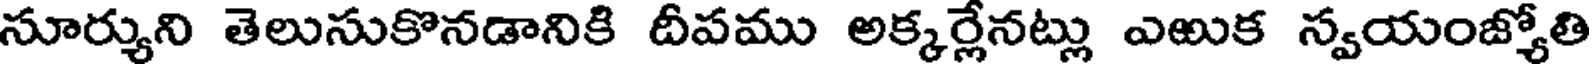
సూర్యుని తెలుసుకొనడానికి దీపము అక్కర్లేనట్లు ఎఱుక స్వయంజ్యోతి